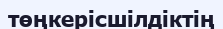
төңкерісшілдіктің